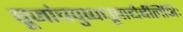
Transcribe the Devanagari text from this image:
पूजांचपुष्पधूपाद्यैर्बलिभिः